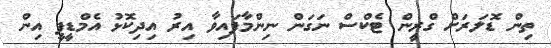
ތިން ޑޮލަރަށް ގްރީން ޓެކްސް ނަގަން ނިންމާފައިވާ އިރު އިދިކޮޅު އެމްޑީޕީ އިން